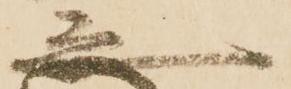
之